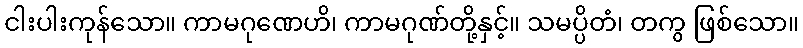
ငါးပါးကုန်သော။ ကာမဂုဏေဟိ၊ ကာမဂုဏ်တို့နှင့်။ သမပ္ပိတံ၊ တကွ ဖြစ်သော။